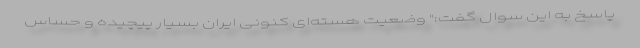
پاسخ به این سوال گفت:" وضعیت هسته‌ای کنونی ایران بسیار پیچیده و حساس